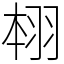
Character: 翉